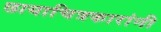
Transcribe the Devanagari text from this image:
छायाचित्रकारांनी